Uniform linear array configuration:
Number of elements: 48
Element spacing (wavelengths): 0.25
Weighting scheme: blackman
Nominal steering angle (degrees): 30
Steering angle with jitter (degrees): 31.014
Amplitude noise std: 0.05
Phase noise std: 0.05

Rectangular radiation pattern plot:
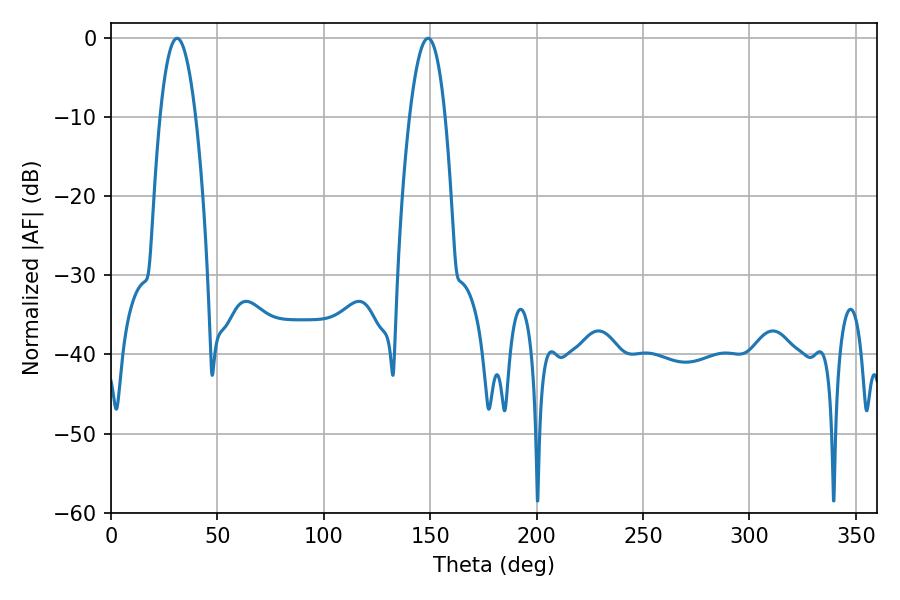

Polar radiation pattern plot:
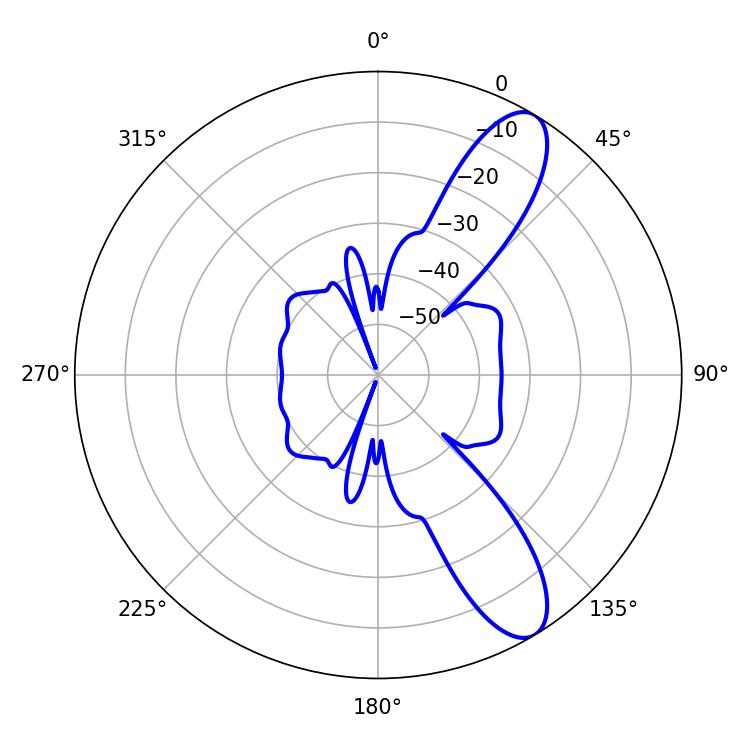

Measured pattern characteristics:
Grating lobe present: FALSE
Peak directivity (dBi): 10.477
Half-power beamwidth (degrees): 9.36
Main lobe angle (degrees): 30.96